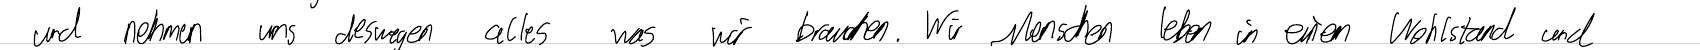
und nehmen uns deswegen alles was wir brauchen. Wir Menschen leben in einem Wohlstand und